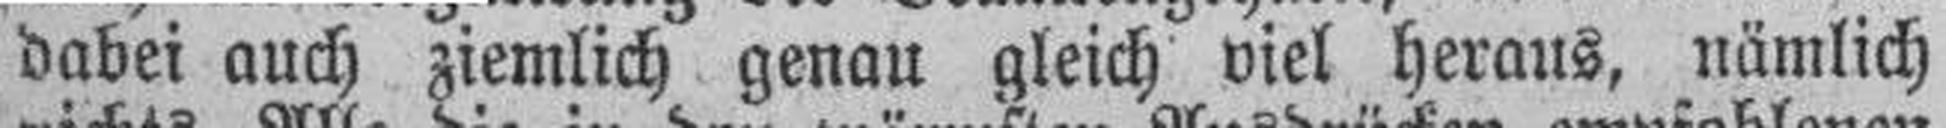
dabei auch ziemlich genau gleich viel heraus, nämlich